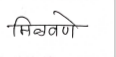
मजकूर: मिळवणे